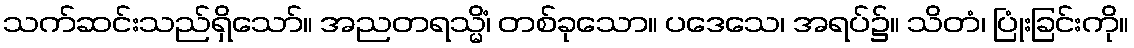
သက်ဆင်းသည်ရှိသော်။ အညတရသ္မိံ၊ တစ်ခုသော။ ပဒေသေ၊ အရပ်၌။ သိတံ၊ ပြုံးခြင်းကို။